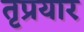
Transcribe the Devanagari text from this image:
तृप्रयार